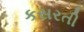
કસરતી